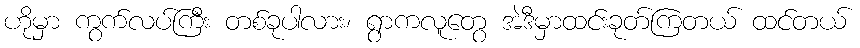
ဟိုမှာ ကွက်လပ်ကြီး တစ်ခုပါလား၊ ရွာကလူတွေ အဲဒီမှာထင်းခုတ်ကြတယ် ထင်တယ်